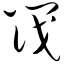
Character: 筏